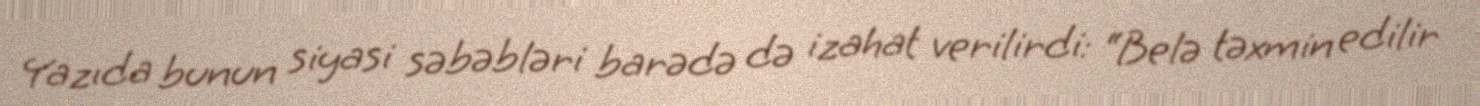
Yazıda bunun siyasi səbəbləri barədə də izahat verilirdi: “Belə təxmin edilir